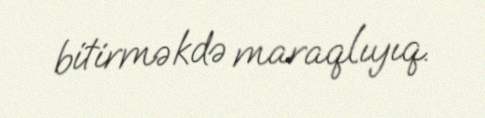
bitirməkdə maraqlıyıq.